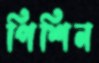
পিশিন